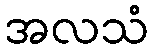
အလသံ